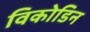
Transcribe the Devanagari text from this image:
विकोडिन